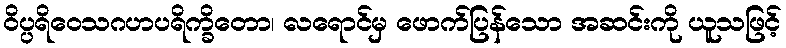
ဝိပ္ပရိဝေသဂဟပရိက္ခိတော၊ လရောင်မှ ဖောက်ပြန်သော အဆင်းကို ယူသဖြင့်